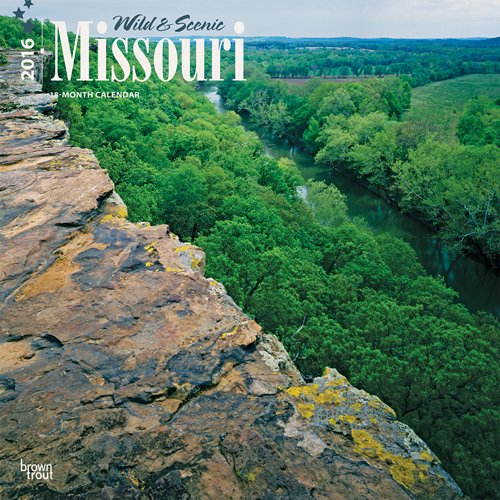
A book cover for Missouri, Wild & Scenic 2016 Square 12x12 (Multilingual Edition); Browntrout Publishers; Calendars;